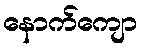
နောက်ကျော